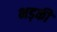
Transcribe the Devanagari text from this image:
भड़कीं